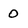
Character: 0